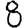
Digit: 8